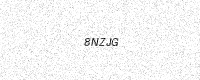
Text: 8NZJG